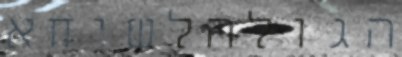
הגולהלשיחא